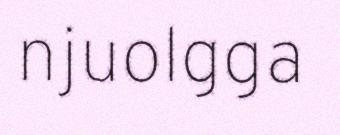
njuolgga